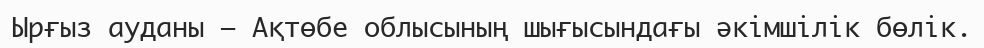
Ырғыз ауданы — Ақтөбе облысының шығысындағы әкімшілік бөлік.